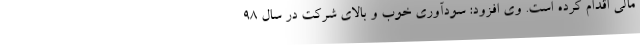
مالی اقدام کرده است. وی افزود: سودآوری خوب و بالای شرکت در سال 98